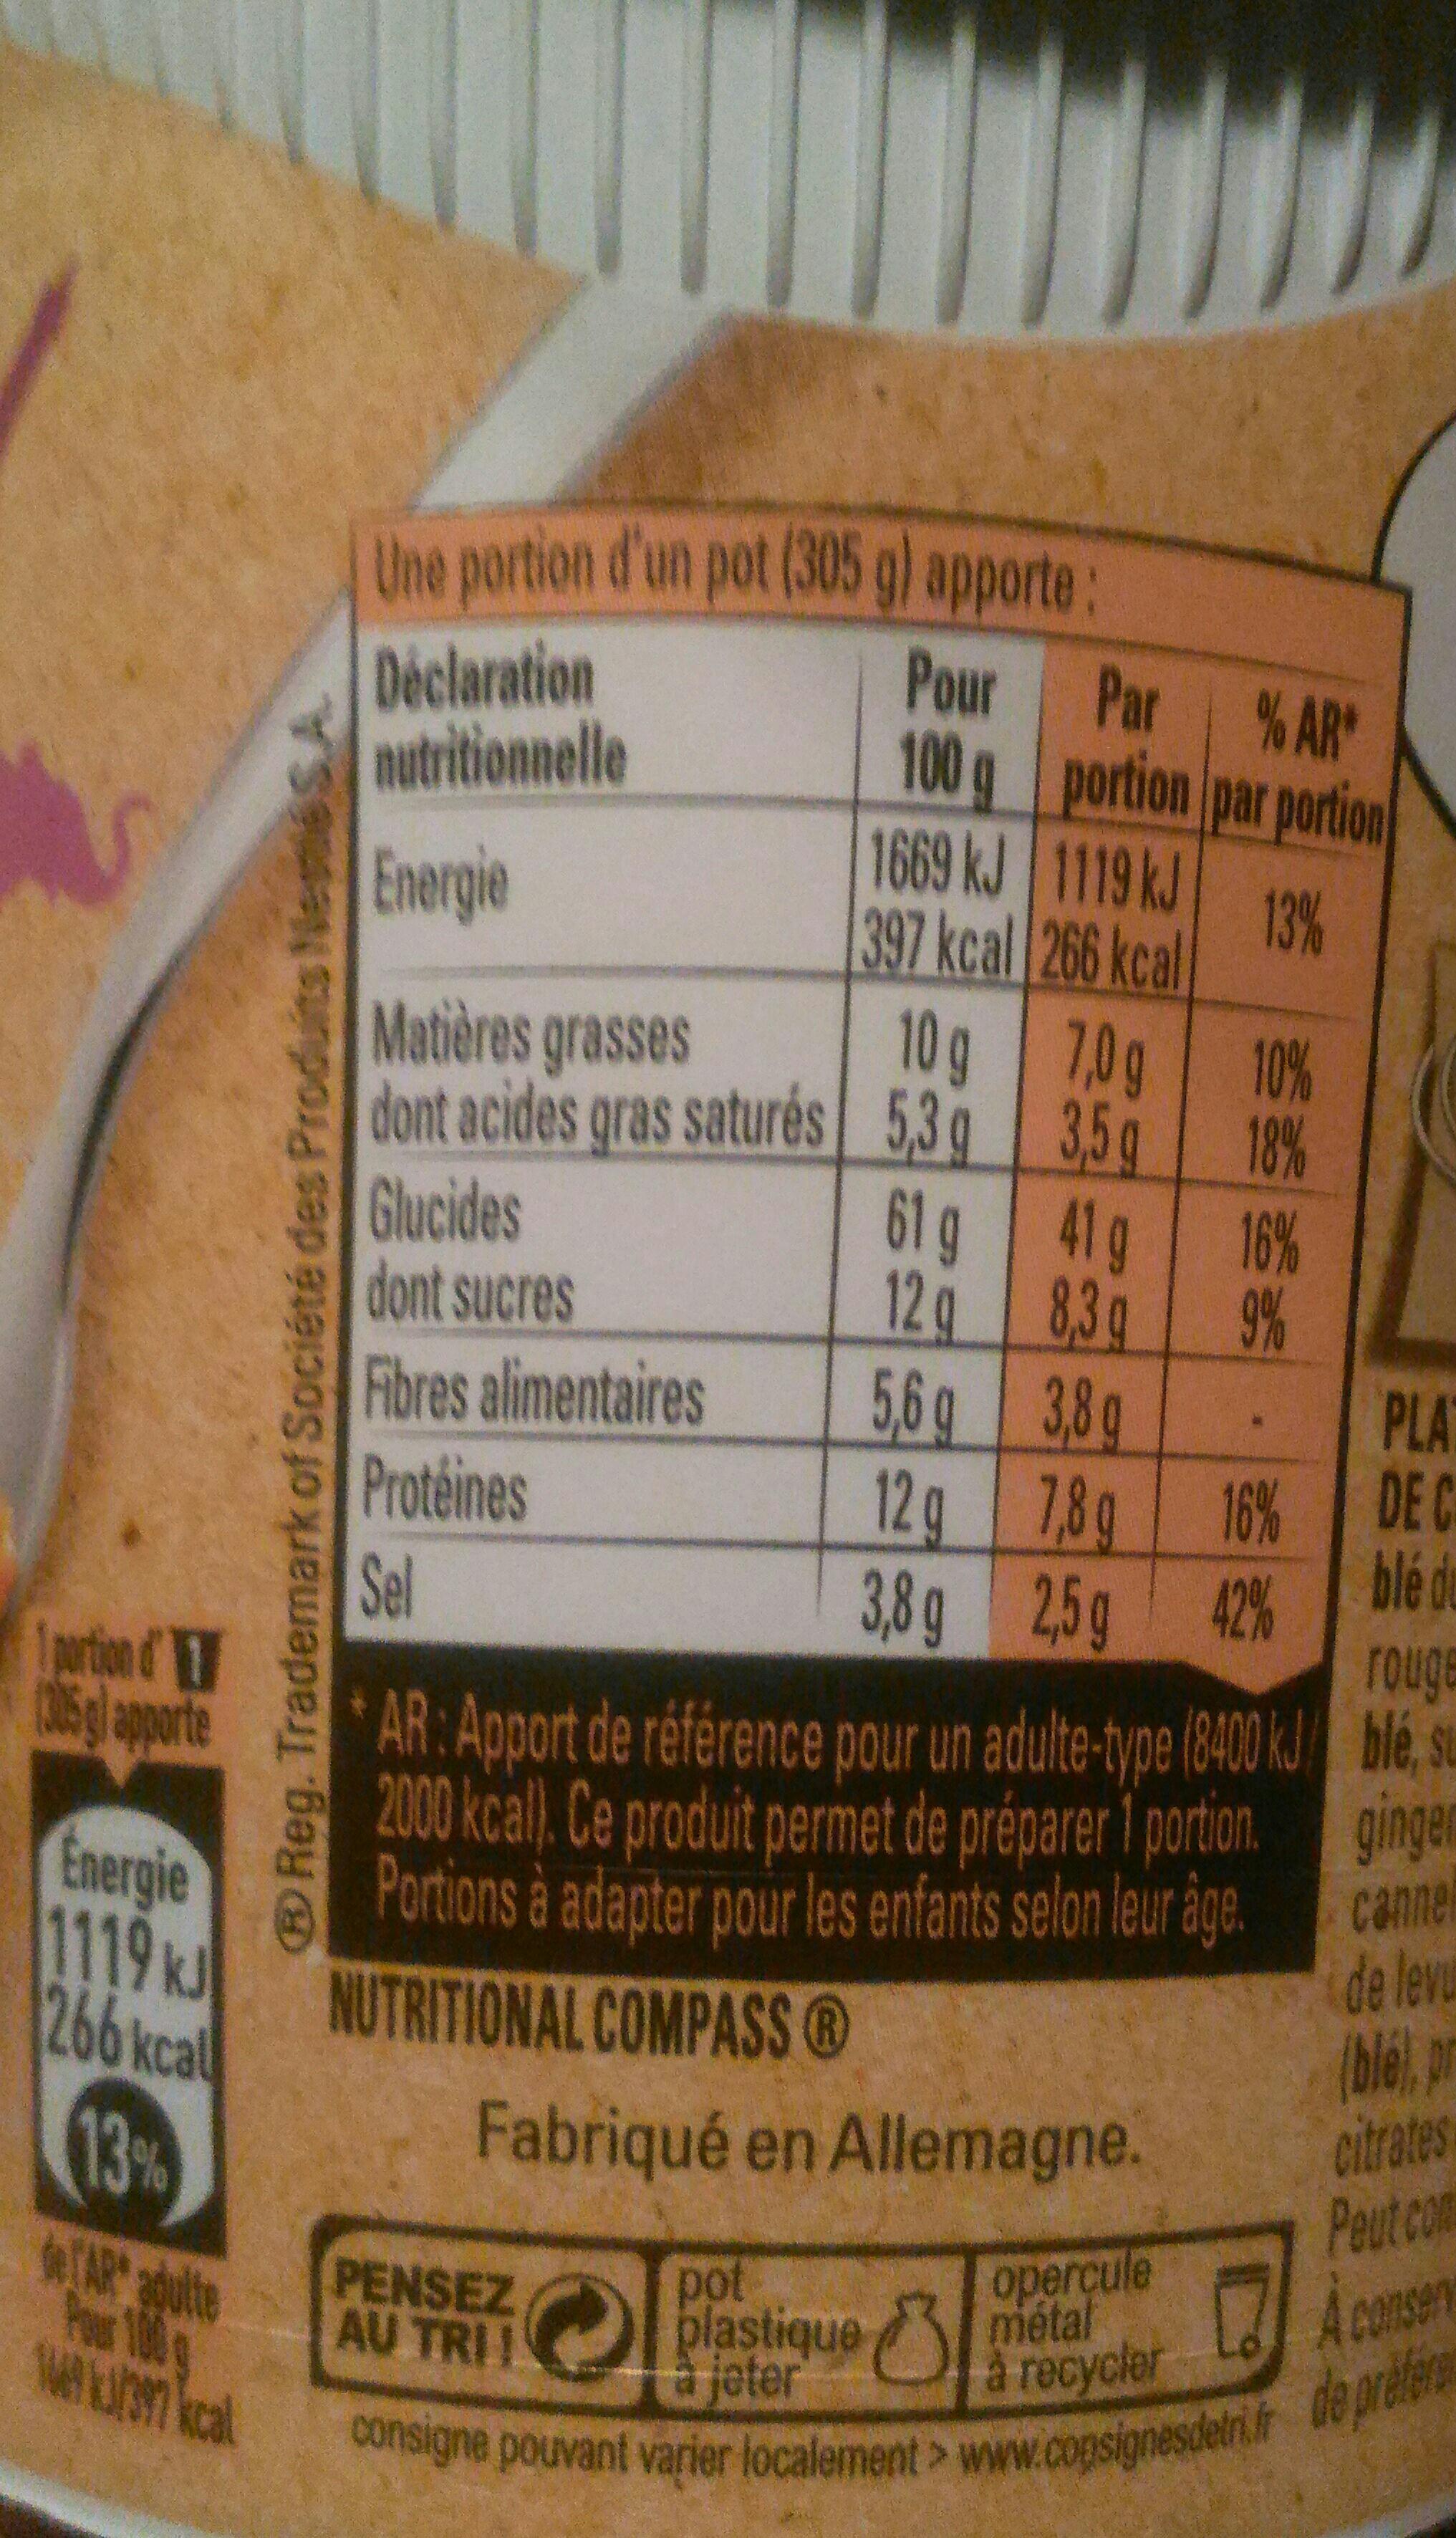
1 portion d'
(305g apporte
Energie 1119 kJ
Reg. Trademark of Société des Produits NestléS.A.
Une portion d'un pot (305 g) apporte:
Déclaration
Pour
nutritionnelle
100 g
Energie
Matières grasses
dont acides gras saturés
Glucides
dont sucres
Fibres alimentaires
Protéines
266 kcal
13%
de TAR adulte
1449/397 kcal
Sel
Par
portion
1669 kJ
1119 kJ
397 kcal 266 kcal
PENSEZ AU TRI!
10 g
5,3 g
pot
plastique jeter
61 g
12 g
5,6 g
12g
3,8 g
7,0 g
3,5g
41 g
8,3 g
Fabriqué en Allemagne.
AR: Apport de référence pour un adulte-type (8400 kJ 2000 kcal). Ce produit permet de préparer 1 portion. Portions à adapter pour les enfants selon leur âge.
NUTRITIONAL COMPASS Ⓡ
% AR*
par portion
13%
10%
18%
3,8 g
7,8 g
16%
2,5 g 42%
opercule métal à recycler
16%
9%
PLAY
DE C
blé de
rouge
ble
ginger
canne
de levu
(ble), pr
citrates
Peut com
Aconsen
consigne pouvant varier localement> www.consignesdetri.fr de prefere